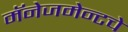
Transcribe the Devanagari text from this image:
मॅनेजमेन्टचे